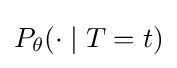
P_{\theta }(\cdot \mid T=t)